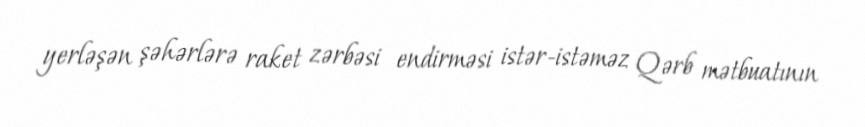
yerləşən şəhərlərə raket zərbəsi endirməsi istər-istəməz Qərb mətbuatının